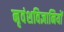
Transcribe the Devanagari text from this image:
नृवंशविज्ञानियों